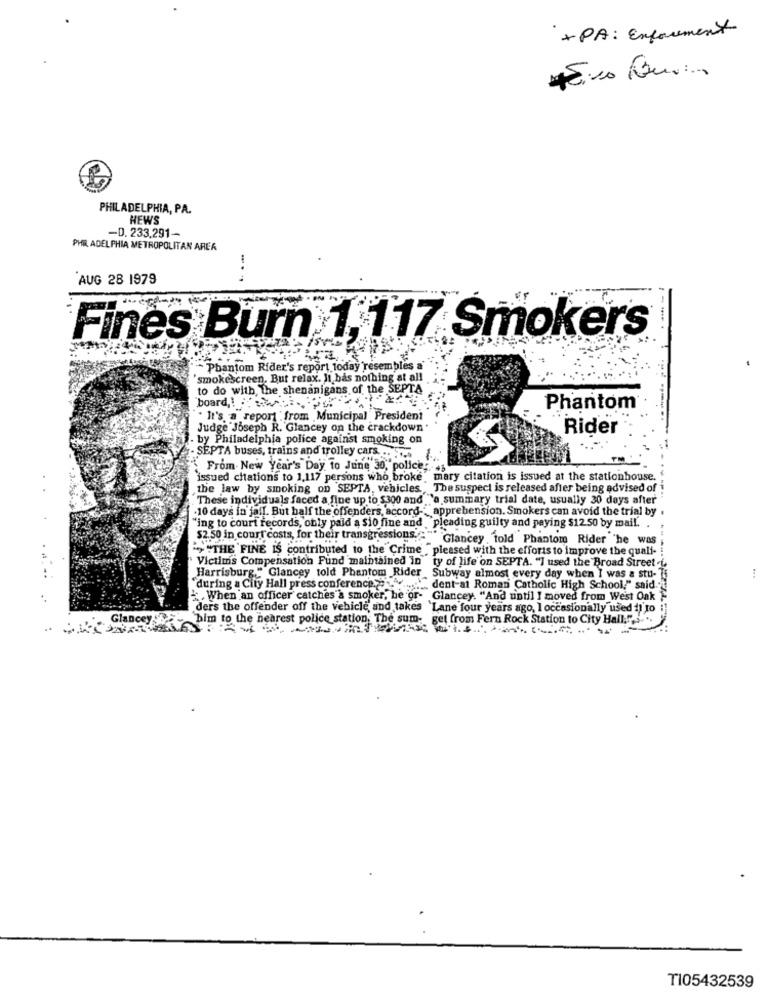
+ PA : Enforcement
PHILADELPHIA, PA.
NEWS
-D. 233.291-
PHILADELPHIA METROPOLITAN AREA
AUG 28 1979
Fines Burn 1, 117 Smokers
Phantom Rider's report today resembles a"
'smokescreen, But relax. It bas nothing at all
to do with, the shenanigans of the SEPTA
board !: P
Phantom®
. It's a" report" from Municipal President
Judge Joseph R. Glancey on the crackdown "
Rider
by Philadelphia police against smoking on
SEPTA buses, trains and trolley cars. .. ..... .
From New Year's Day to June 30, police; +s
issued citations to 1,117 persons who broke" mary citation is issued at the stationhouse.
the law by smoking on SEPTA, vehicles. The suspect is released after being advised of
These individuals faced a fine up to $300 and "a summary trial date, usually 30 days after
-10 days in jail. But half the offenders, accord- apprehension. Smokers can avoid the trial by .
"ing to court records, obly paid a sio fine and ."pleading guilty and paying $12.50 by mail. .
$2.50 in court costs, for their transgressions .....
IS."" Glancey told Phantom Rider 'he was
"> "THE FINE IS contributed to the Crime , pleased with the efforts to improve the quali-
Victims Compensation Fund maintained in ty of life on SEPTA. "I used the Broad Street .i.
Harrisburg." Glancey told Phantom Rider Subway almost every day when I was a stu-
"during a City Hall press conference." 4 ....... " dent at Roman Catholic High School," said .-
. When an officer catches a smoker, he or- Glancey. "And until I moved from West Oak }
ders the offender off the vehicle and takes 'Lane four years ago, I occasionally used il to :
Glancey
him to the nearest police station, The sum- get from Fern Rock Station to City Hall:"" ,....
..
TI05432539